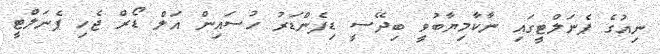
ނިއުގެ ޕެނަލްޓީގައި ނާކާމިޔާބުވީ ބިދޭސީ ޑިފެންޑަރު ހުސައިން އަލް ޑޯރް ޖެހި ޕެނަލްޓީ